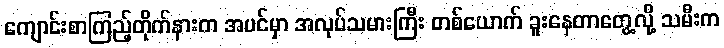
ကျောင်းစာကြည့်တိုက်နားက အပင်မှာ အလုပ်သမားကြီး တစ်ယောက် ခူးနေတာတွေ့လို့ သမီးက